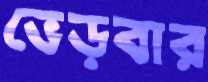
ভেড়বার